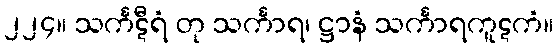
၂၂၄။ သင်္ကဋီရံ တု သင်္ကာရ၊ ဋ္ဌာနံ သင်္ကာရကူဋကံ။